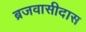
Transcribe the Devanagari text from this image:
ब्रजवासीदास